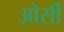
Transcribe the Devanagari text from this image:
ओर्सी